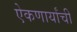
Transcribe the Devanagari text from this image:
ऐकणार्यांची